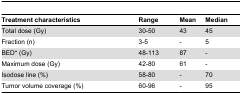
<table><thead><tr><td><b>Treatment characteristics</b></td><td><b>Range</b></td><td><b>Mean</b></td><td><b>Median</b></td></tr></thead><tbody><tr><td>Total dose (Gy)</td><td>30-50</td><td>43</td><td>45</td></tr><tr><td>Fraction (n)</td><td>3-5</td><td>-</td><td>5</td></tr><tr><td>BED* (Gy)</td><td>48-113</td><td>87</td><td>-</td></tr><tr><td>Maximum dose (Gy)</td><td>42-80</td><td>61</td><td>-</td></tr><tr><td>Isodose line (%)</td><td>58-80</td><td>-</td><td>70</td></tr><tr><td>Tumor volume coverage (%)</td><td>60-96</td><td>-</td><td>95</td></tr></tbody></table>